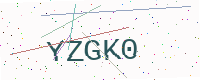
Text: YZGK0